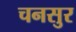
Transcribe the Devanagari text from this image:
चनसुर